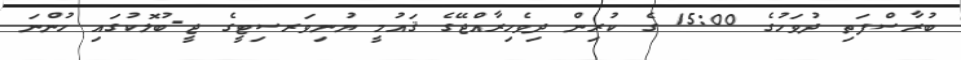
ބުރާސްފަތި ދުވަހުގެ 15:00 ގެ ކުރިން ދިވެހިރާއްޖޭގެ ޤައުމީ ޔުނިވަރސިޓީގެ ޖީ-ބުލޮކުގައި ހުންނަ